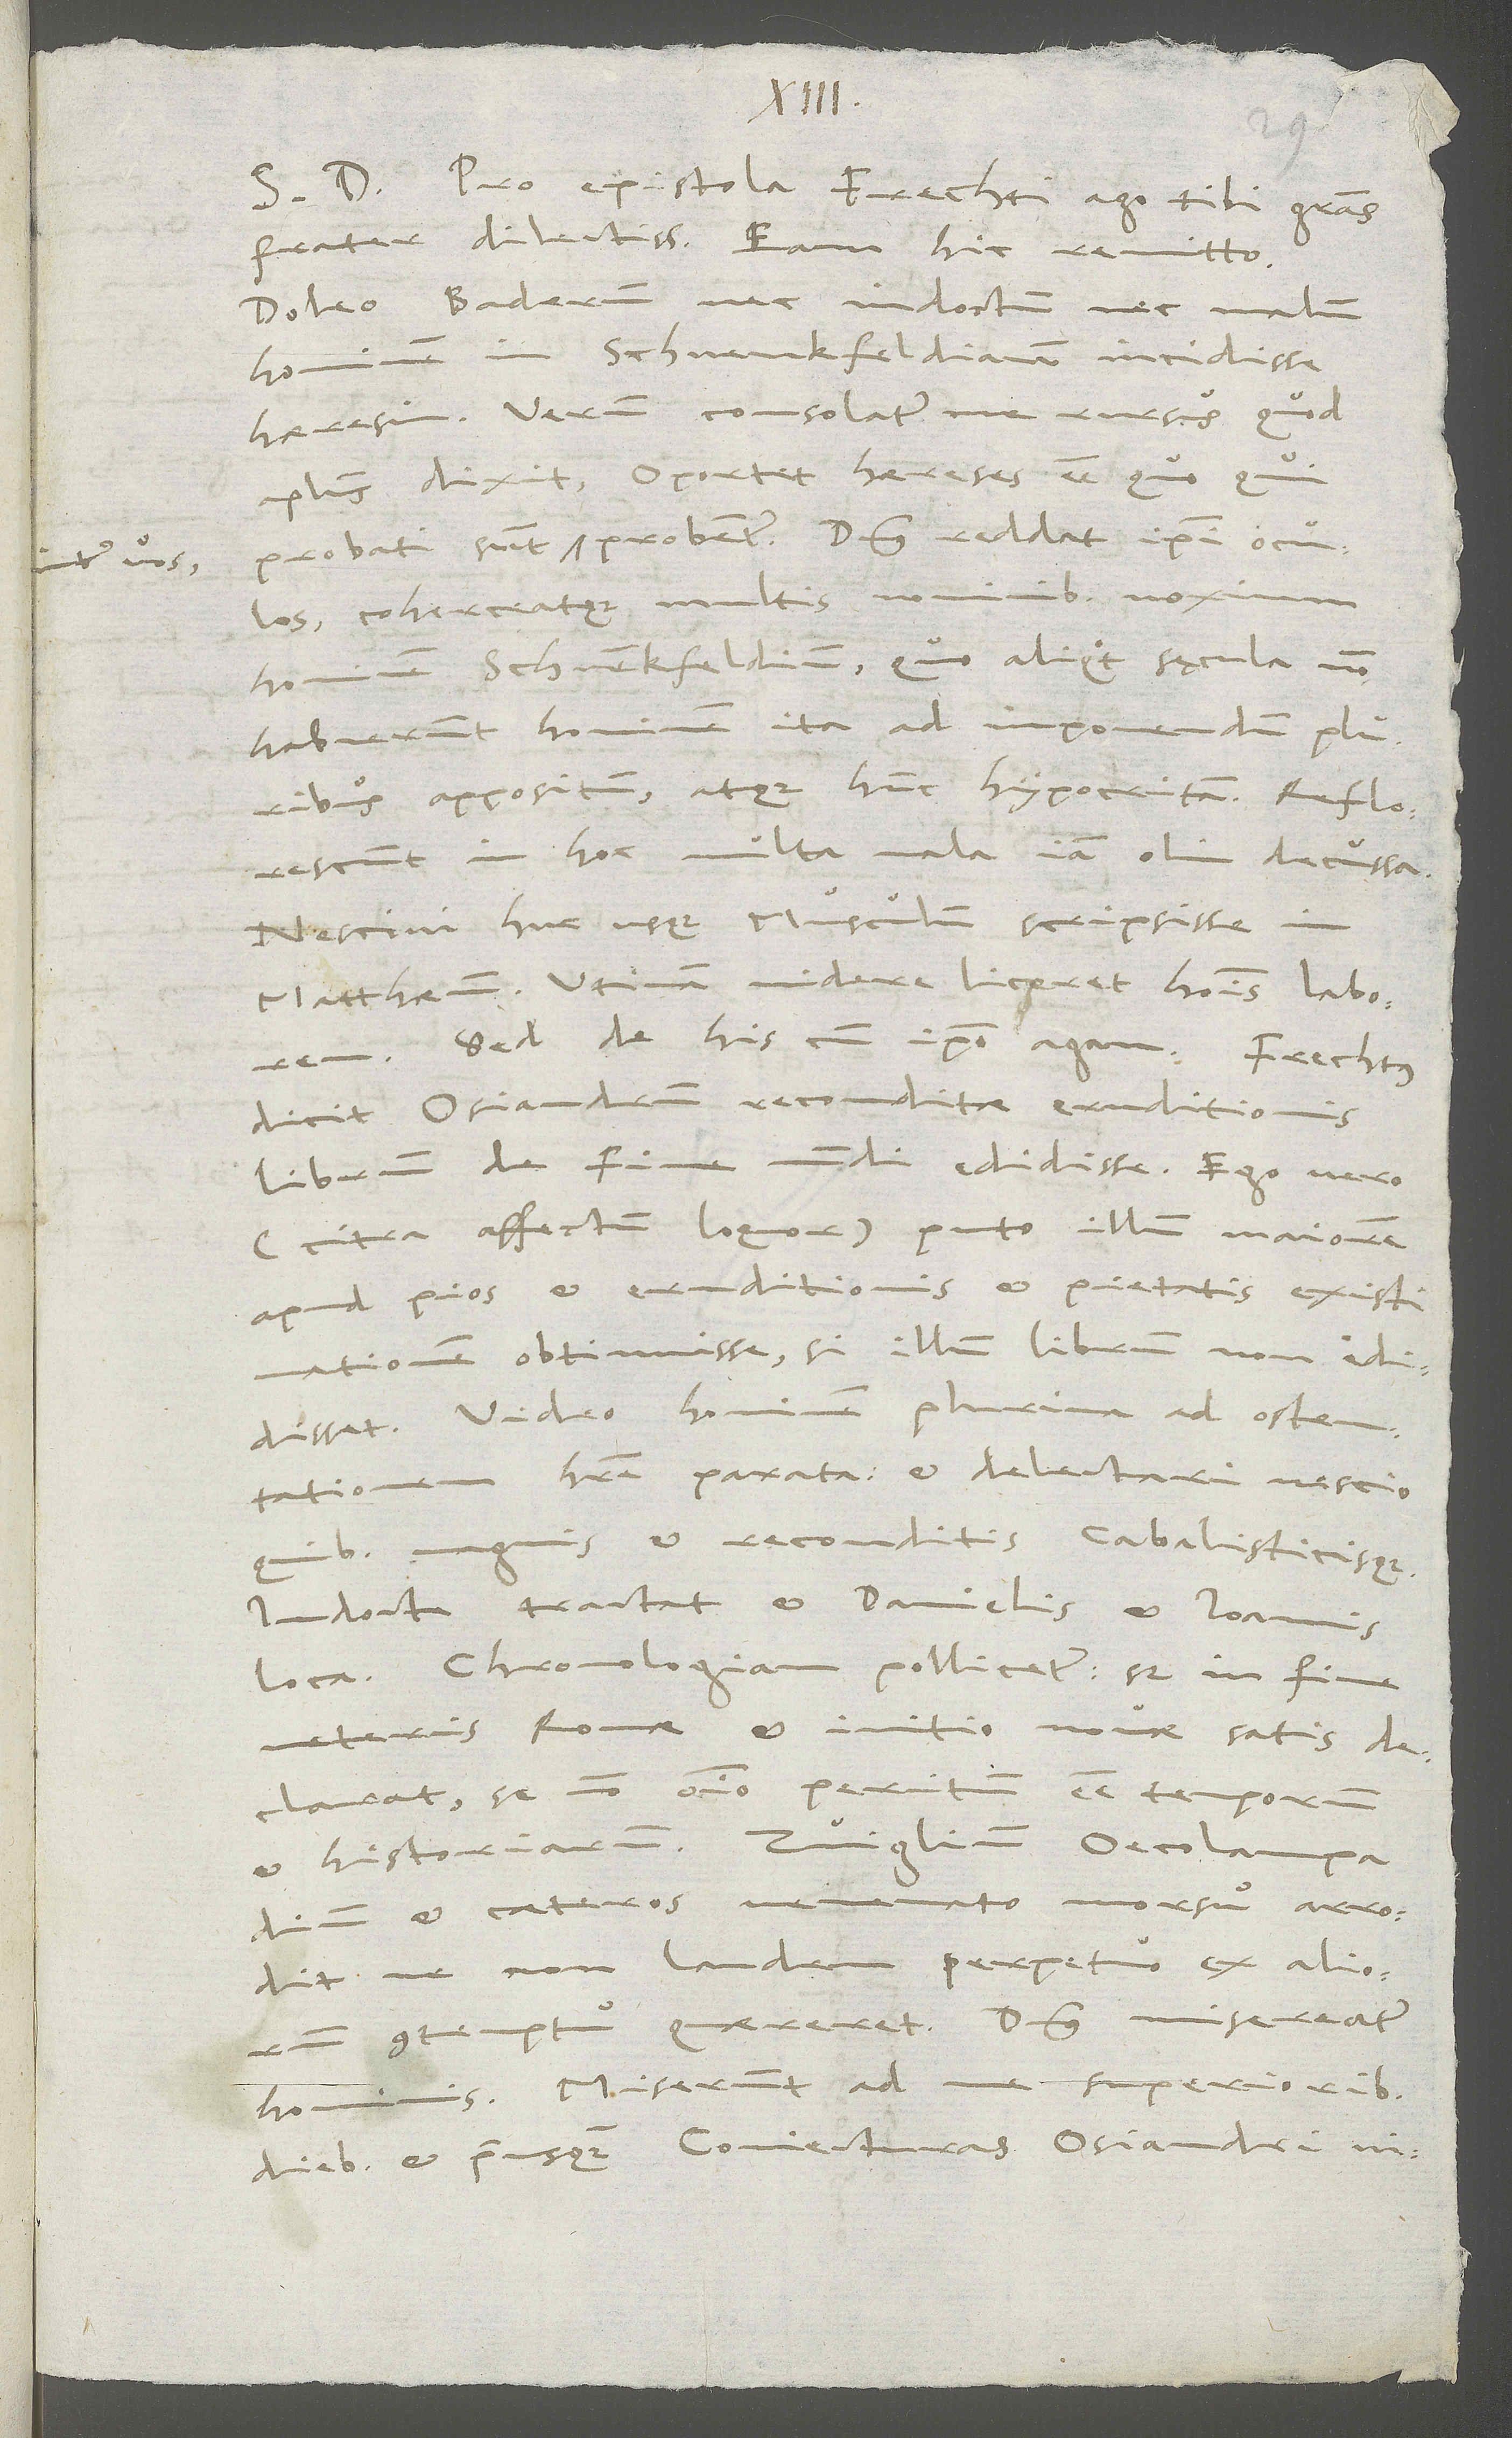
1544.
S. Pro epistola Frechti ago tibi gratias,
frater dilectissime. Eam hic remitto.
Doleo Baderum, nec indoctum nec malum
hominem, in Schwenckfeldianam incidisse
haeresin. Verum consolatur me rursus, quod
apostolus dixit: „Oportet haereses esse, quo, qui
probati sunt, inter vos probentur“ . Dominus reddat ipsi oculos
nominibus noxium
coherceatque multis
hominem Schwenckfeldium, quo aliquot sęcula non
habuerunt hominem ita ad imponendum pluribus
appositum atque hunc hypocritam. Reflorescunt
in hoc multa mala iam olim decussa.
Nescivi huc usque Musculum scripsisse in
Matthaeum. Utinam videre liceret hominis laborem!
dicit Osiandrum reconditae eruditionis
librum De fine mundi edidisse. Ego vero
(citra affectum loquor) puto illum maiorem
apud pios et eruditionis et pietatis existimationem
obtinuisse, si illum librum non edidisset.
Video hominem plurima ad ostentationem
habere parata et delectari nescio
magnis et reconditis cabalisticisque.
Indocte tractat et Danielis et Ioannis
loca. Chronologiam pollicetur; sed in fine
veteris Romae et initio novae satis
declarat se non omnino peritum esse temporum
et ceteros venenato morsu arrodit,
ne non laudem perpetuo ex aliorum
contemptu quaereret. Dominus misereatur
diebus et priusquam coniecturas Osiandri vid